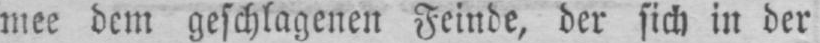
mee dem geschlagenen Feinde, der sich in der